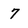
Character: 7